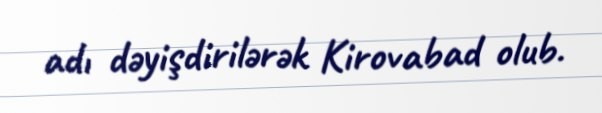
adı dəyişdirilərək Kirovabad olub.